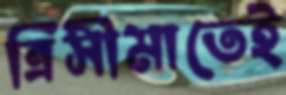
ত্রিসীমাতেই